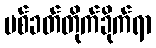
ပစ်ခတ်တိုက်ခိုက်ရာ